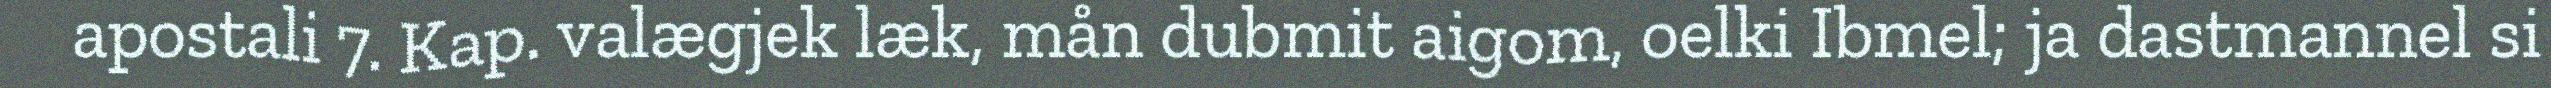
apostali 7. Kap. valægjek læk, mån dubmit aigom, oelki Ibmel; ja dastmannel si